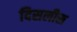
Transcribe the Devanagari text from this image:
दिसलीस